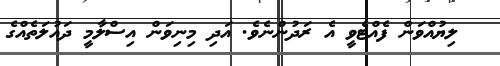
ލިޔުއްވަން ފެއްޓެވީ އެ ރަދުންނެވެ. އަދި މިނިވަން އިސްލާމީ ދައުލަތެއްގެ